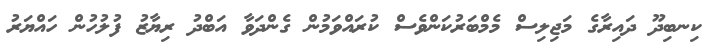
ކިނބިދޫ ދައިރާގެ މަޖިލިސް މެމްބަރުކަންވެސް ކުރައްވަމުން ގެންދަވާ އަބްދު ރިޔާޒު ފުލުހުން ހައްޔަރު